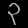
Digit: ၃